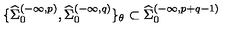
\{ { \widehat \Sigma } _ { 0 } ^ { ( - \infty , p ) } , { \widehat \Sigma } _ { 0 } ^ { ( - \infty , q ) } \} _ { \theta } \subset { \widehat \Sigma } _ { 0 } ^ { ( - \infty , p + q - 1 ) }